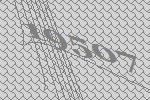
19507